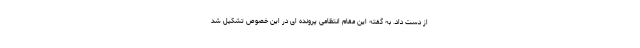
از دست داد. به گفته این مقام انتظامی پرونده ای در این خصوص تشکیل شد